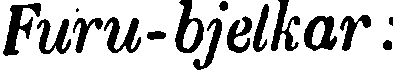
Furu-bjelkar :